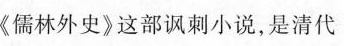
《儒林外史》这部讽刺小说，是清代